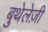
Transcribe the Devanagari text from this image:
बुथेलेज़ी